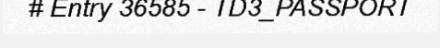
# Entry 36585 - TD3_PASSPORT